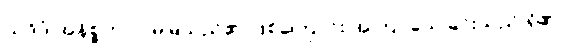
ယဒိဒံ အနိစ္စတာ - မမြဲသည်၏ ဖြစ်ကြောင်း အကြင်သေခြင်းသည် ရှိ၏၊